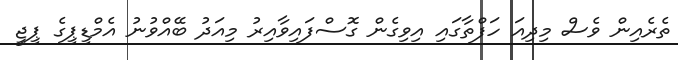
ތެރެއިން ވެސް މިދިއަ ހަފްތާގައި އިވިގެން ގޮސްފައިވާއިރު މިއަދު ބޭއްވުނު އެމްޑީޕީގެ ޕީޖީ